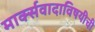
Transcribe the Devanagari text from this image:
मार्क्सवादाविषयीची